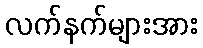
လက်နက်များအား